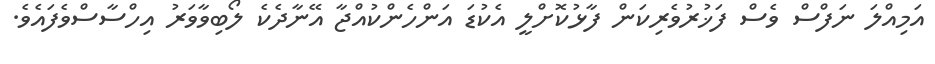
އަމިއްލަ ނަފްސް ވެސް ފަޚުރުވެރިކަން ފާޅުކޮށްލީ އެކުޑަ އަންހެންކުއްޖާ އޭނާދެކެ ލޯބިވާވަރު އިހްސާސްވެފައެވެ.